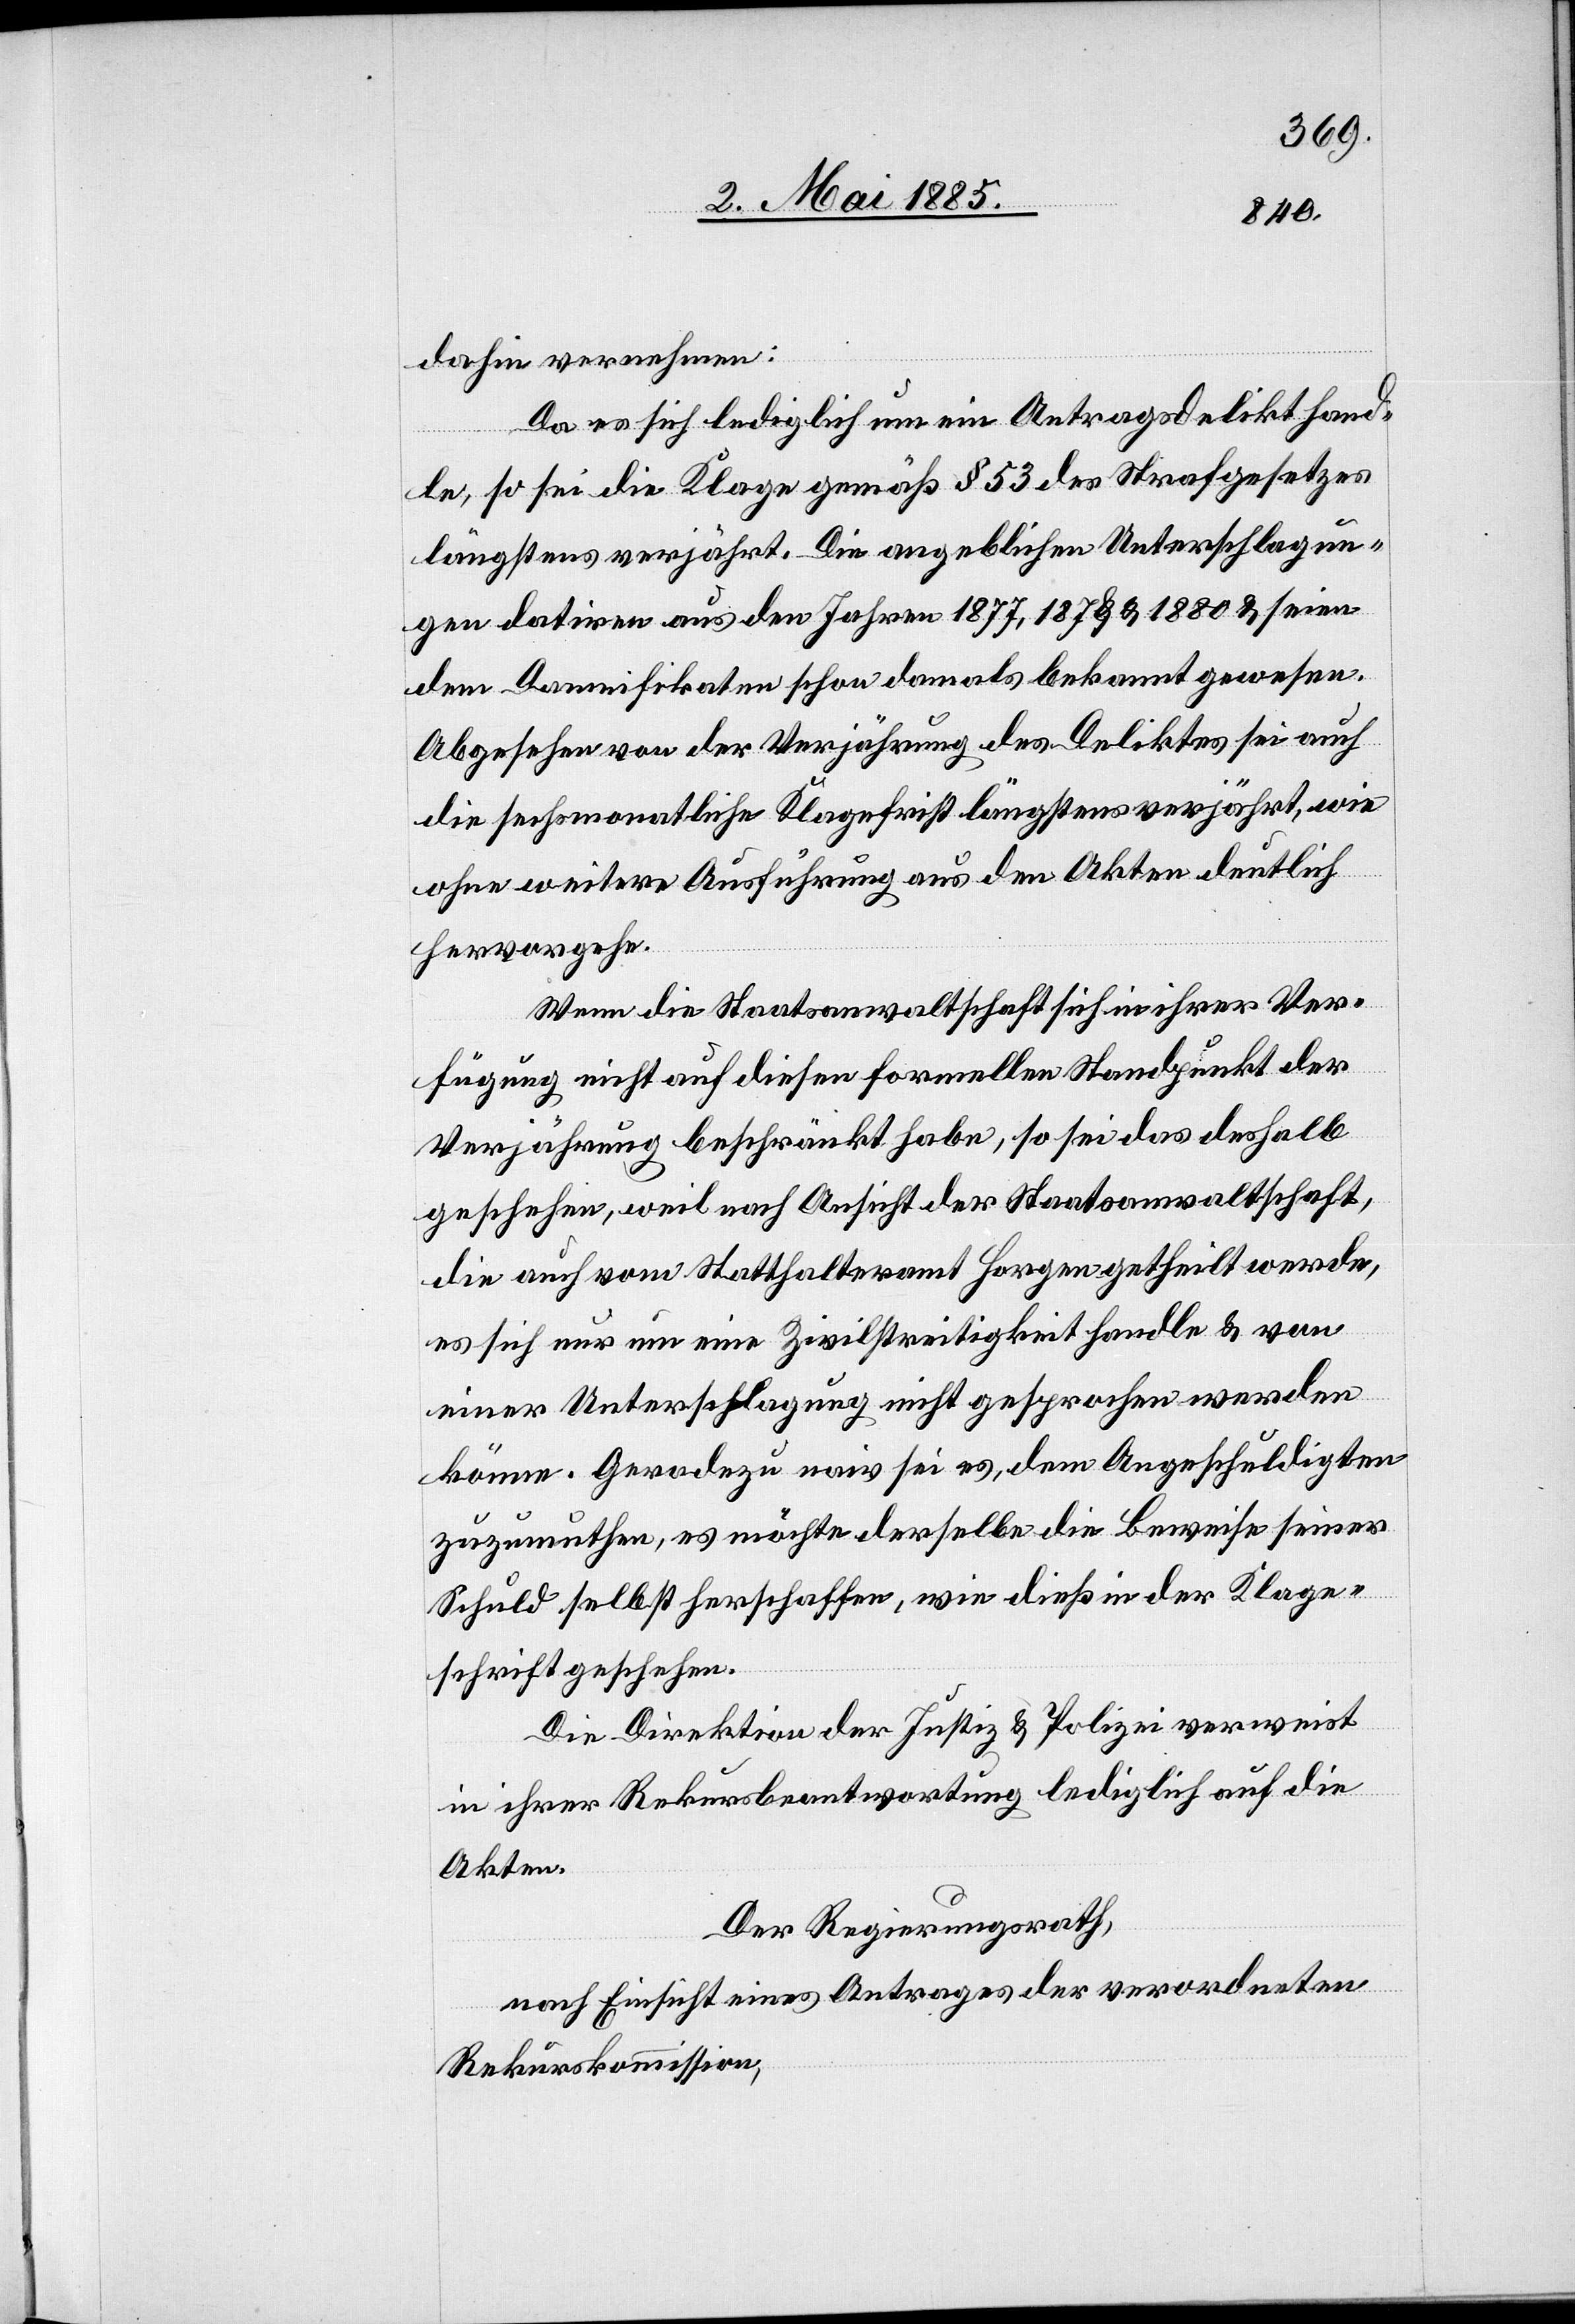
dahin vernehmen:
Da es sich lediglich um ein Antragsdelikt hande¬
lt, so sei die Klage gemäß § 53 des Strafgesetzes
längstens verjährt. Die angeblichen Unterschlagun¬
gen datiren aus den Jahren 1877, 1878 & 1880 & seien
dem Damnifikaten schon damals bekannt gewesen.
Abgesehen von der Verjährung des Deliktes sei auch
die sechsmonatliche Klagefrist längstens verjährt, wie
ohne weitere Ausführung aus den Akten deutlich
hervorgehe.
Wenn die Staatsanwaltschaft sich in ihrer Ver¬
fügung nicht auf diesen formellen Standpunkt der
Verjährung beschränkt habe, so sei das deshalb
geschehen, weil nach Ansicht der Staatsanwaltschaft,
die auch vom Statthalteramt Horgen getheilt werde,
es sich nur um eine Zivilstreitigkeit handle & von
einer Unterschlagung nicht gesprochen werden
könne. Geradezu naiv sei es, dem Angeschuldigten
zuzumuthen, es möchte derselbe die Beweise seiner
Schuld selbst herschaffen, wie dieß in der Klage¬
schrift geschehen.
Die Direktion der Justiz & Polizei verweist
in ihrer Rekursbeantwortung lediglich auf die
Akten.
Der Regierungsrath,
nach Einsicht eines Antrages der verordneten
Rekurskommission,